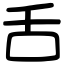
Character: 舌